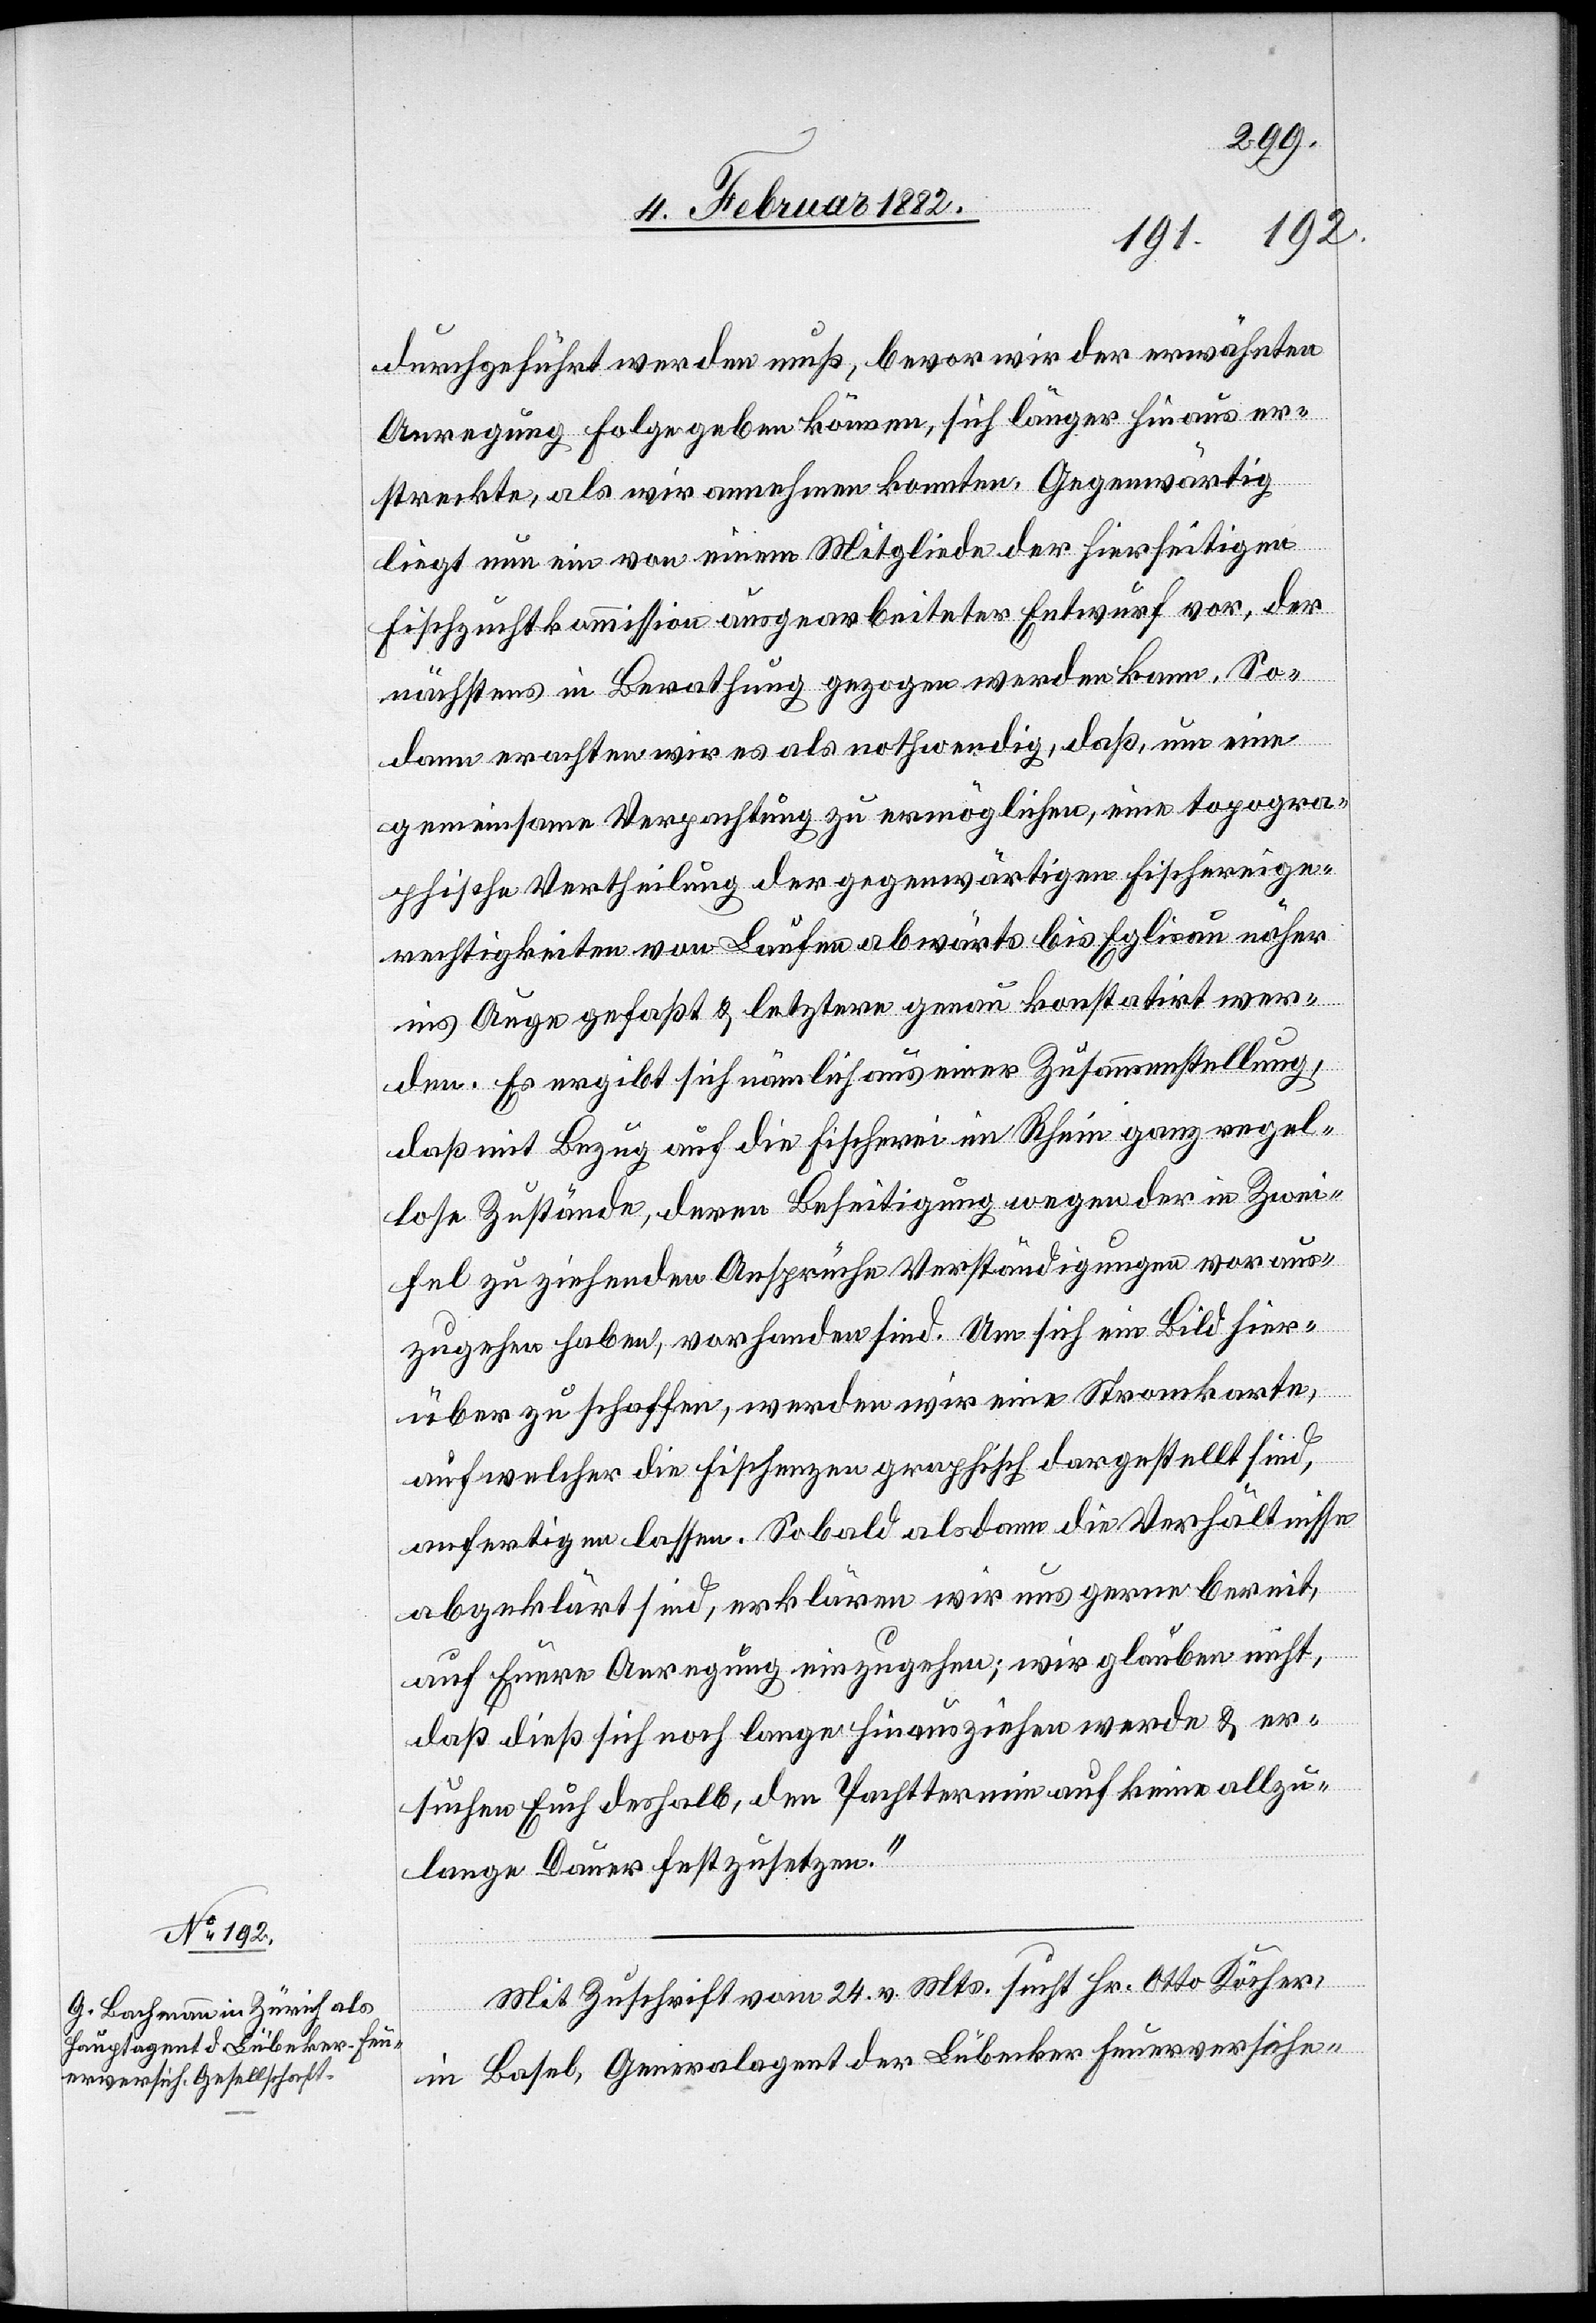
durchgeführt werden muß, bevor wir der erwähnten
Anregung Folge geben können, sich länger hinaus er¬
streckte, als wir annehmen konnten. Gegenwärtig
liegt nun ein von einem Mitgliede der hierseitigen
Fischzuchtkommission ausgearbeiteter Entwurf vor, der
nächstens in Berathung gezogen werden kann. So¬
dann erachten wir es als nothwendig, daß, um eine
gemeinsame Verpachtung zu ermöglichen, eine topogra¬
phische Vertheilung der gegenwärtigen Fischereige¬
rechtigkeiten von Laufen abwärts bis Eglisau näher
ins Auge gefaßt & letztere genau konstatirt wer¬
den. Es ergibt sich nämlich aus einer Zusammenstellung,
daß mit Bezug auf die Fischerei im Rhein ganz regel¬
lose Zustände, deren Beseitigung wegen der in Zwei¬
fel zu ziehenden Ansprüche Verständigungen voraus¬
zugehen haben, vorhanden sind. Um sich ein Bild hier¬
über zu schaffen, werden wir eine Stromkarte,
auf welcher die Fischenzen graphisch dargestellt sind,
anfertigen lassen. Sobald alsdann die Verhältnisse
abgeklärt sind, erklären wir uns gerne bereit,
auf Eure Anregung einzugehen; wir glauben nicht,
daß dieß sich noch lange hinausziehen werde & er¬
suchen Euch deshalb, den Pachttermin auf keine allzu¬
lange Dauer festzusetzen.“
Mit Zuschrift vom 24. v. Mts. sucht Hr. Otto Köcher,
in Basel, Generalagent der Lübecker Feuerversiche-